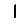
Digit: 1